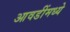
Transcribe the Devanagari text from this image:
आवडींमध्ये